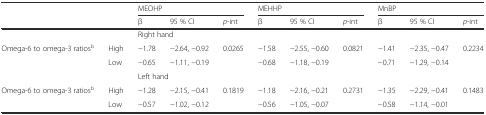
| <COLSPAN=2>  | <COLSPAN=3> MEOHP | <COLSPAN=3> MEHHP | <COLSPAN=3> MnBP |
 | <COLSPAN=2>  | β | 95 % CI | p-int | β | 95 % CI | p-int | β | 95 % CI | p-int |
 | --- | --- | --- | --- | --- | --- | --- | --- | --- | --- | --- |
 | <COLSPAN=2>  | <COLSPAN=9> Right hand |
 | <ROWSPAN=2> Omega-6 to omega-3 ratiosb | High | −1.78 | −2.64, −0.92 | 0.0265 | −1.58 | −2.55, −0.60 | 0.0821 | −1.41 | −2.35, −0.47 | 0.2234 |
 | Low | −0.65 | −1.11, −0.19 |  | −0.68 | −1.18, −0.19 |  | −0.71 | −1.29, −0.14 |  |
 | <COLSPAN=2>  | <COLSPAN=9> Left hand |
 | <ROWSPAN=2> Omega-6 to omega-3 ratiosb | High | −1.28 | −2.15, −0.41 | 0.1819 | −1.18 | −2.16, −0.21 | 0.2731 | −1.35 | −2.29, −0.41 | 0.1483 |
 | Low | −0.57 | −1.02, −0.12 |  | −0.56 | −1.05, −0.07 |  | −0.58 | −1.14, −0.01 |  |